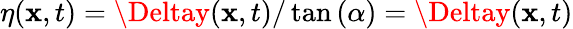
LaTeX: \eta(\mathbf{x},t)=\Deltay(\mathbf{x},t)/\tan{(\alpha)}=\Deltay(\mathbf{x},t)